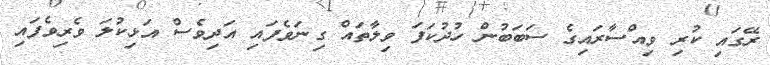
ރޭގައި ކުރި ވިއްސާރައިގެ ސަބަބުން ހުދުކަފަ ވިލާތައް ގިނަވެފައި އަދިވެސް އަޅިކުލަ ވެރިވެފައި